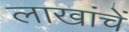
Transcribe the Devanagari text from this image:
लाखांचें